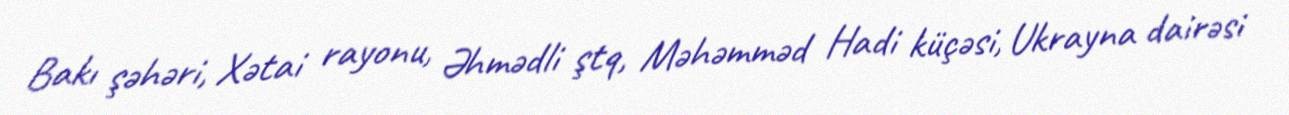
Bakı şəhəri, Xətai rayonu, Əhmədli ştq, Məhəmməd Hadi küçəsi, Ukrayna dairəsi